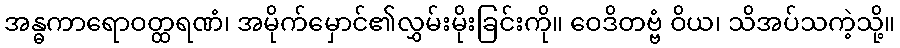
အန္ဓကာရောဝတ္ထရဏံ၊ အမိုက်မှောင်၏လွှမ်းမိုးခြင်းကို။ ဝေဒိတဗ္ဗံ ဝိယ၊ သိအပ်သကဲ့သို့။